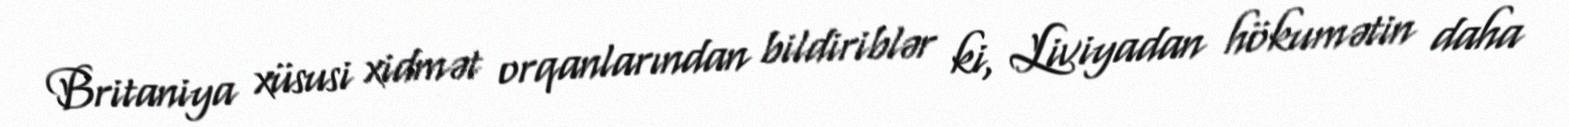
Britaniya xüsusi xidmət orqanlarından bildiriblər ki, Liviyadan hökumətin daha